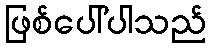
ဖြစ်ပေါ်ပါသည်